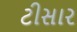
ટીસાર